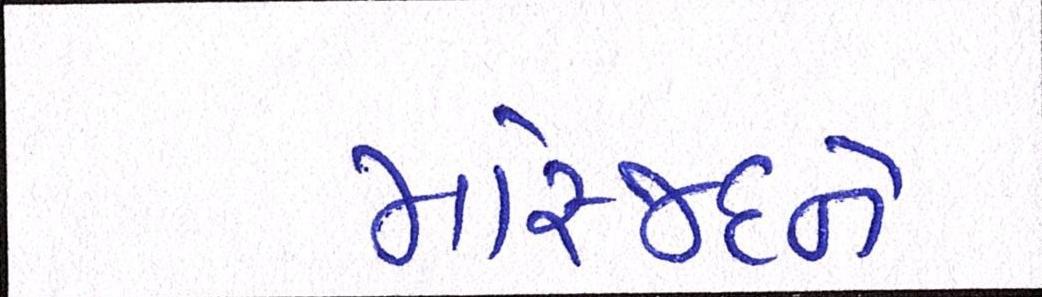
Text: મસ્જિદને